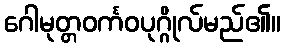
ဂေါမုတ္တဝင်္ကဝပုဂ္ဂိုလ်မည်၏။